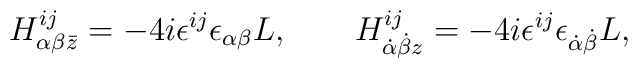
H^{ij}_{\alpha\beta \bar z} = -4i \epsilon^{ij}\epsilon_{\alpha\beta} L, \qquad H^{ij}_{\dot\alpha\dot\beta z} = - 4 i \epsilon^{ij}\epsilon_{\dot\alpha\dot\beta} L,